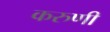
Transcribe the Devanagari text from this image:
करुणी